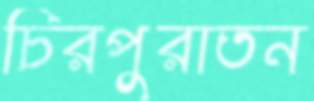
চিরপুরাতন